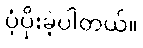
ပံ့ပိုးခဲ့ပါတယ်။